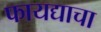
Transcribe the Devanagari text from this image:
फायद्याचा